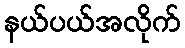
နယ်ပယ်အလိုက်